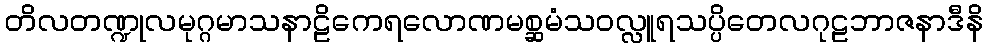
တိလတဏ္ဍုလမုဂ္ဂမာသနာဠိကေရလောဏမစ္ဆမံသဝလ္လူရသပ္ပိတေလဂုဠဘာဇနာဒီနိ